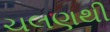
ચલણથી